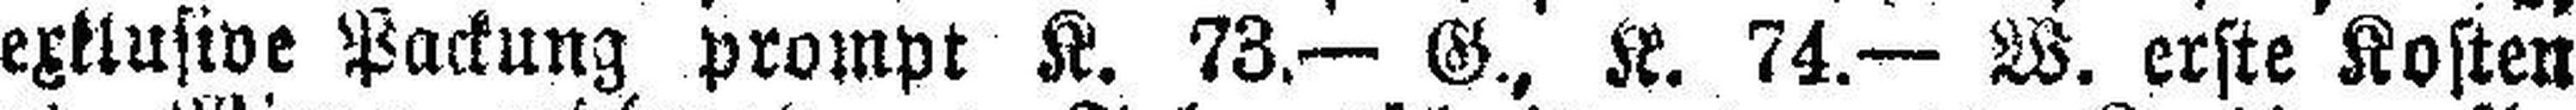
exklusive Packung prompt K. 73.— G., K. 74.— W. erste Kosten